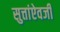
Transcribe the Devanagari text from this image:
सुत्तांऐवजी